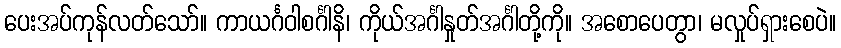
ပေးအပ်ကုန်လတ်သော်။ ကာယင်္ဂဝါစင်္ဂါနိ၊ ကိုယ်အင်္ဂါနှုတ်အင်္ဂါတို့ကို။ အစောပေတွာ၊ မလှုပ်ရှားစေပဲ။